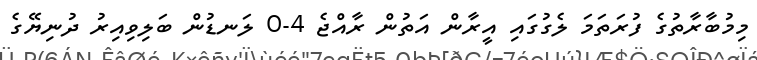
މިމުބާރާތުގެ ފުރަތަމަ ލެގުގައި އީރާން އަތުން ރާއްޖެ 4-0 ލަނޑުން ބަލިވިއިރު ދުނިޔޭގެ